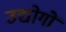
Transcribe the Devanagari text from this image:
उद्योगोंं